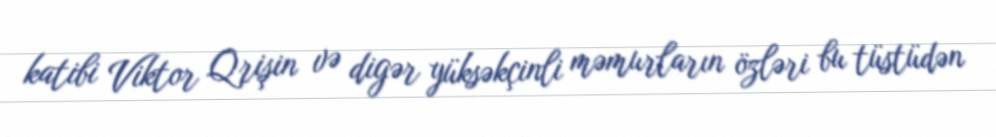
katibi Viktor Qrişin və digər yüksəkçinli məmurların özləri bu tüstüdən